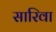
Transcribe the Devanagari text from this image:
सारिवा